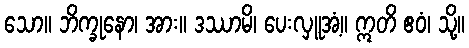
သော။ ဘိက္ခုနော၊ အား။ ဒဿာမိ၊ ပေးလှူအံ့။ ဣတိ ဧဝံ၊ သို့။